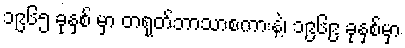
၁၉၆၅ ခုနှစ် မှာ တရုတ်ဘာသာစကားနဲ့၊ ၁၉၆၉ ခုနှစ်မှာ